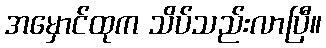
အမှောင်ထုက သိပ်သည်းလာပြီ။